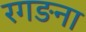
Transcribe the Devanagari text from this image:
रगङना